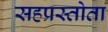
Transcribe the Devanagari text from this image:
सहप्रस्तोता